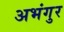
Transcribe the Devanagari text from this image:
अभंगुर